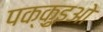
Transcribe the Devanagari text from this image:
पक्क़ुइओ